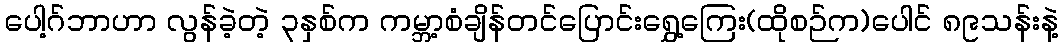
ပေါ့ဂ်ဘာဟာ လွန်ခဲ့တဲ့ ၃နှစ်က ကမ္ဘာ့စံချိန်တင်ပြောင်းရွှေ့ကြေး(ထိုစဉ်က)ပေါင် ၈၉သန်းနဲ့